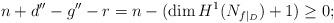
LaTeX: \begin{align*} n + d'' - g'' - r = n - (\dim H^1 (N_{f|_D}) + 1) \geq 0;\end{align*}